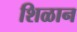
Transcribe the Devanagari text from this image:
शिळान